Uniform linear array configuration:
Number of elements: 12
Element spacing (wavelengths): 1
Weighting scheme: exponential
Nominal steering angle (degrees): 0
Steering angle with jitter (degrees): -0.3933
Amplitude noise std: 0.05
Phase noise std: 0.05

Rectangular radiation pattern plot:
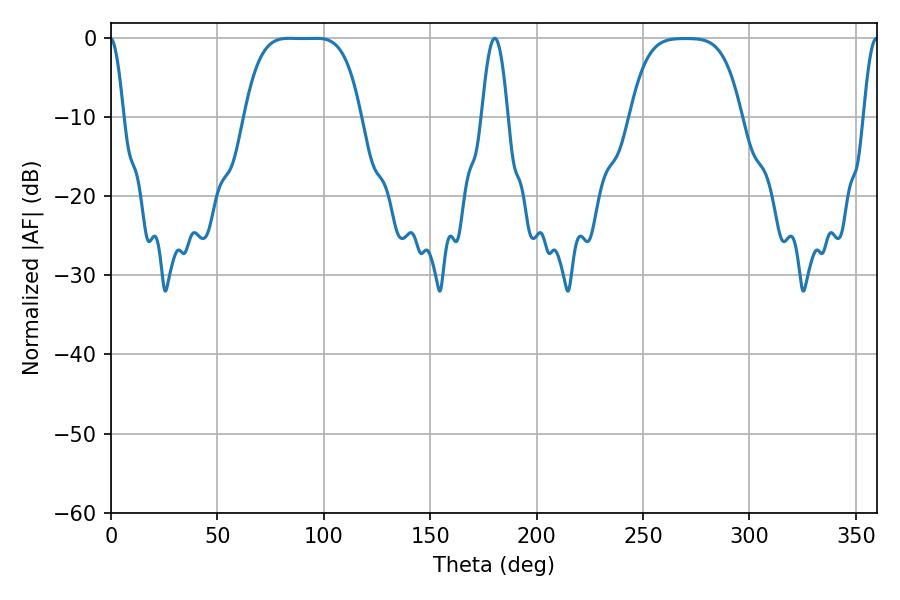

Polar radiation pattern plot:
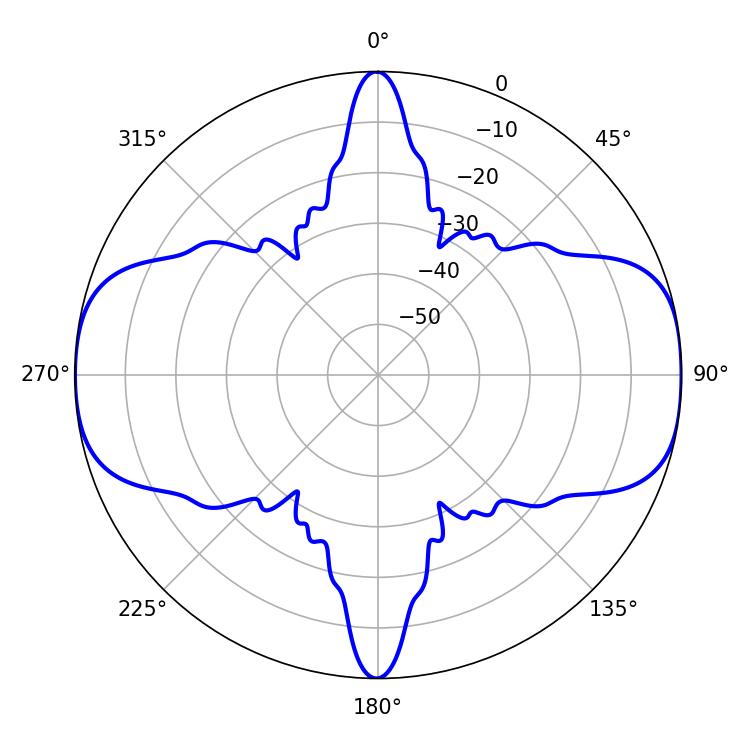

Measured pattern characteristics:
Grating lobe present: TRUE
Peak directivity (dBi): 15.027
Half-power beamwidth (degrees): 41.4
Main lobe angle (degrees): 83.88